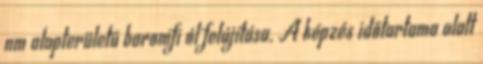
nm alapterületű baromfi ól felújítása. A képzés időtartama alatt